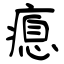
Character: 瘜